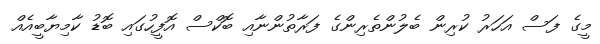
މީގެ ފަސް އަހަރު ކުރިން ބެލުންތެރިންގެ ފަރާތުންނާއި ބޮކްސް އޮފީހުގައި ބޮޑު ކާމިޔާބީއެއް